Vital statistics of India. Vol. IV, Annual returns from 1871 to 1876. British Army of India, Native Army and jails of Bengal
Year: 1871
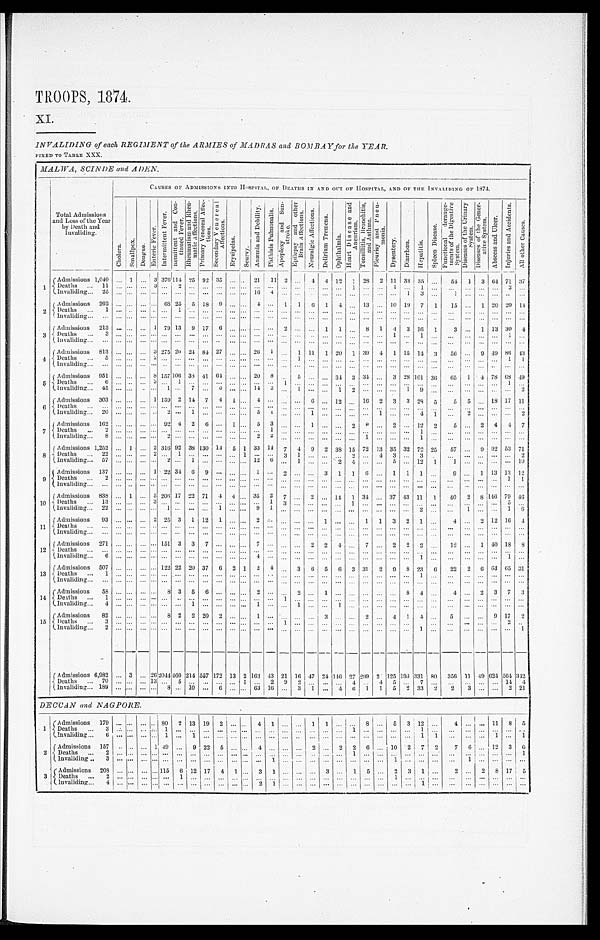
TROOPS, 1874.
XI.
INVALIDING of each REGIMENT of the ARMIES of MADRAS and BOMBAY for the YEAR.
FIXED TO TABLE XXX.
MALWA, SCINDE and ADEN.
Total Admissions
and Loss of the Year
by Death and
Invaliding.
CAUSES OF ADMISSIONS INTO HOSPITAL, OF DEATHS IN AND OUT OF HOSPITAL, AND OF THE INVALIDING OF 1874.
C h o l e r a .
S m a l l p o x .
D e n g u e .
E n t e r i c F e v e r .
I n t e r m i t t e n t F e v e r . R e m i t t e n t a n d C o n - t i n u e d F e v e r .
R h e u m a t i s m a n d R h e u - m a t i c A f f e c t i o n s .
P r i m a r y V e n e r e a l A f f e c - t i o n s .
S e c o n d a r y V e n e r e a l A f f e c t i o n s .
E r y s i p e l a s .
S c u r v y .
A n æ m i a a n d D e b i l i t y .
P h t h i s i s P u l m o n a l i s . A p o p l e x y a n d S u n - s t r o k e .
E p i l e p s y a n d o t h e r B r a i n A f f e c t i o n s .
N e u r a l g i c A f f e c t i o n s .
D e l i r i u m T r e m e n s .
O p t h a l m i a .
H e a r t D i s e a s e a n d A n e u r i s m .
T o n s i l l i t i s , B r o n c h i t i s , a n d A s t h m a .
P l e u r i s y a n d P n e u - m o n i a .
D y s e n t e r y .
D i a r r h œ a .
H e p a t i t i s .
S p l e e n D i s e a s e .
F u n c t i o n a l d e r a n g e - m e n t s o f t h e D i g e s t i v e S y s t e m .
D i s e a s e s o f t h e U r i n a r y S y s t e m .
D i s e a s e s o f t h e G e n e r - a t i v e S y s t e m .
A b s c e s s a n d U l c e r .
I n j u r i e s a n d A c c i d e n t s .
A l l o t h e r C a u s e s .
1
Admissions 1,040
. . . 1
. . .
3 376
1 1 4
25 92 35
. . .
. . .
21
11 2
. . . 4
4 12 1
28
2 11
33 35
. . .
54 1
3 64 71 3 7
D e a t h s . . .
1 1
. . .
. . .
. . . 3 . . .
2
. . .
. . .
. . .
. . .
. . .
. . .
. . . . . .
. . .
. . .
. . .
. . . 1
. . .
. . .
1
. . . 1
. . .
. . .
. . .. . .
. . . 3
. . .
Invaliding . . .
25
. . .
. . .
. . .
. . . . . .
. . .
. . .
. . .
. . .
. . .
. . . 16
4
. . .
. . .
. . .
. . .
. . .
. . .. . .
. . .
. . .
1
3
. . .
1
. . .
. . .
. . .
. . .
. . .
2
Admissions
262
. . .
. . .
. . . . . .68
25
5 18
9
. . .
. . . 4
. . .
1
1
6 1
4
. . . 13 . . . 10 19
7
1
15
. . .
1 20 20
1 4
Deaths . . .
1
. . .
. . .
. . . . . .. . .
1
. . .
. . .
. . .
. . .
. . .
. . .
. . . . . .
. . .
. . .
. . .
. . .
. . . . . . . . .
. . .
. . .
. . .
. . .
. . .
. . . . . .
. . .
. . .
. . .
Invaliding . . .
. . .
. . .
. . .
. . .
. . . . . .
. . .
. . .
. . .
. . .
. . .
. . .
. . .
. . . . . .
. . .
. . .
. . .
. . .
. . . . . . . . .
. . .
. . .
. . .
. . .
. . .
. . . . . .
. . .
. . .
. . .
3
Admissions
213
. . .
. . .
. . .
1 79 13
9 17
6
. . .
. . . . . .
. . . 2
. . .
. . . 1
1
. . .
8
1
4
3 16
1
3
. . .
1 13 30
4
Deaths . . .
3
. . .
. . .
. . . . . . . . .
. . .
. . .
. . .
. . .
. . .
. . .
. . .
. . . . . .
. . .
. . .
. . .
. . .
. . . . . .
. . .
1
. . .
1
. . .
. . .
. . . . . .
. . .
1
. . .
Invaliding . . .
. . .
. . . . . .
. . .
. . . . . .
. . .
. . .
. . . . . .
. . .
. . .
. . .
. . . . . .
. . .
. . .
. . .
. . .
. . . . . . . . .
. . .
. . .
. . .
. . .
. . .
. . . . . .
. . .
. . .
. . .
4
Admissions
813
. . .
. . .
. . . 3 275 20 24 84 27
. . .
. . . 26
1 . . .
1 11
1 20
1 39
4
1
1 5
1 4 3
56
. . .
9 49 86 43
Deaths . . .
5
. . . . . .
. . . 2 . . .
. . .
. . .
. . .
. . .
. . .
. . .
. . .
. . .. . .
1
. . .
. . .
. . .
. . . . . . . . .
. . .
. . .
. . .
. . .
. . .
. . . . . .
. . .
1
1
Invaliding . . .
. . .
. . .
. . .
. . .
. . . . . .
. . .
. . .
. . .
. . .
. . .
. . .
. . .
. . . . . .
. . .
. . .
. . .
. . .
. . . . . .
. . .
. . .
. . .
. . .
. . .
. . . . . .
. . .
. . .
. . .
5
Admissions
951
. . .
. . .
. . . 8 157 106 38
4 1
64
. . .
. . . 20
8
. . .
5
. . .
. . .
34 3 34 . . .
3 28 101 36
65
1
4 78
6 8 49
Deaths . . .
6
. . .
. . .
. . . 3 . . .
1
. . .
. . .
. . .
. . .
. . .
. . .
. . . 1
. . .
. . .
. . .
. . .
. . . . . . . . .
. . .
. . .
. . .
. . .
. . .
. . .. . .
. . .
1
. . .
Invaliding . . .
45
. . .
. . .
. . . . . . 1
. . . 7
. . .
5
. . .
. . . 14
2 . . .
1
. . .
. . .
1
2
. . .
. . .
. . .
1
9
. . .
. . .
. . . . . .
. . .
. . .
2
6
Admissions
303
. . .
. . .
. . . 1 139 2 14
7
4
1
. . . 4
. . . . . .
. . . 6
. . .
12
. . .
16
2
3
3 28
5
5
5 . . .
18 17 11
Deaths
. . .
. . .
. . .
. . .
. . .
. . . . . .
. . .
. . .
. . .
. . .
. . .
. . .
. . .
. . .
. . .
. . .
. . .
. . .
. . .
. . . . . . . . .
. . .
. . .
. . .
. . .
. . .
. . .
. . .
. . .
. . .
. . .
Invaliding . . .
20
. . .
. . .
. . .
. . .2
. . .
1
. . .
. . .
. . .
. . .
5
1 . . .
. . .
1
. . .
. . .
. . . . . . 1
. . .
. . .
4
1
. . .
2 . . .
. . .
. . .
2
7
Admissions
162
. . .
. . .
. . . . . . 92 4
2
6
. . . 1
. . . 5
3 . . .
. . .
1
. . .
. . . 2
8 . . .
2
. . . 12
2
5
. . . 2
4
4
7
D e a t h s . . .
2
. . .
. . .
. . . . . .. . .
. . .
. . .
. . .
. . .
. . .
. . .
. . .
1 . . .
. . .
. . .
. . .
. . .
. . . . . .. . .
. . .
. . .
1
. . .
. . .
. . . . . .
. . .
. . .
I n v a l i d i n g . . .
8
. . .
. . .
. . .
. . .
2
. . .
. . .
. . .
. . .
. . .
. . . 2
2 . . .
. . .
. . .
. . .
. . .
. . .
1 . . .
. . .
. . . 1
. . .
. . .
. . . . . .
. . .
. . .
. . .
8
Admissions 1,252
. . .
1
. . . 2 316 92 38 130 14
5 1 33 14
7
4
9
2 38 15 72 13 35 32 72 25
57
. . . 9 92 53 7 1
D e a t h s . . .
2 2
. . .
. . .
. . . 2 . . .
1
. . .
. . .
. . .
. . .
1
. . .
. . . 3
1
. . .
. . .
. . . 2 . . . 4
3
. . .
3
. . .
. . .
. . . . . .
. . .
. . .
2
Invaliding . . .
57
. . .
. . .
. . . . . .2
. . .
1
. . .
. . .
. . .
. . .
1 2
6 . . .
1
. . .
. . .
2 4 . . . . . .
5
. . . 12
1
1
. . . . . .
. . .
. . .
1 0
9
Admissions
137
. . .
. . .
. . . 1 22 34 6
9
. . .
. . .
. . . 1
. . .
2
. . .
. . . 3
1
1
6
. . .
1
1
1
. . .
9
. . .
1 13 13 1 2
D e a t h s . . .
2
. . .
. . .
. . . . . .. . .
. . .
. . .
. . .
. . .
. . .
. . .
. . .
. . . . . .
. . .
. . .
. . .
. . . . . .
. . .
. . .
. . .
. . .
. . .
. . .
. . .
. . . . . .
. . . 1
1
Invaliding . . .
. . .
. . .
. . .
. . . . . . . . .
. . .
. . .
. . .
. . .
. . .
. . .
. . .
. . . . . .
. . .
. . .
. . .
. . .
. . . . . . . . .
. . .
. . .
. . .
. . .
. . .
. . . . . .
. . .
. . .
. . .
10
Admissions
838
. . .
1
. . . 5 206 17 22 71
4
4
. . . 35
2
7
. . .
2
. . . 14 1
34
. . .
37 43 11
1
40
2
8
146 79 4 6
Deaths . . .
13
. . .
. . .
. . . 3 . . .
. . .
. . .
. . .
. . .
. . .
. . . . . .
1 3
. . .
. . .
. . .
. . .
1 . . . . . .
. . .
. . .
. . .
. . .
. . .
. . .. . .
. . .
5
. . .
Invaliding . . .
22
. . .
. . .
. . . . . .1
. . .
. . .
. . .
1
. . .
. . .
9
1 . . .
. . .
. . .
. . .
. . .
. . . . . . . . .
. . .
. . .
2
. . .
. . .
1 . . .
. . .
1
6
1 1
Admissions
93
. . .
. . .
. . . 2 25 3
1 12
1
. . .
. . . 2
. . . . . .
. . .
. . .
1
. . .
. . .
1
1
3
2
1
. . .
4
. . . 2 12 16
4
Deaths . . .
. . .
. . .
. . .
. . .
. . . . . .
. . .
. . .
. . .
. . .
. . .
. . .
. . .
. . . . . .
. . .
. . .
. . .
. . .
. . . . . . . . .
. . .
. . .
. . .
. . .
. . .
. . . . . .
. . .
. . .
. . .
Invaliding . . .
. . .
. . . . . .
. . .
. . . . . .
. . .
. . .
. . .
. . .
. . .
. . . . . .
. . . . . .
. . .
. . .
. . .
. . .
. . . . . . . . .
. . .
. . .
. . .
. . .
. . .
. . . . . .
. . .
. . .
. . .
12
Admissions
271
. . .
. . .
. . .
. . . 151 3
3
7
. . .
. . .
. . . 7
. . . . . .
. . . 2
2
4
. . .
7 . . .
2
2
2
. . .
12
. . . 1 40 18 8
Deaths . . .
. . .
. . .
. . .
. . . . . . . . .
. . .
. . .
. . .
. . .
. . .
. . .
. . .
. . . . . .
. . .
. . .
. . .
. . .
. . . . . . . . .
. . .
. . .
. . .
. . .
. . .
. . . . . .
. . .
. . .
. . .
I n v a l i d i n g . . .
6
. . .
. . .
. . . . . .. . .
. . .
. . .
. . .
. . .
. . .
. . .
4
. . .. . .
. . .
. . .
. . .
. . . . . . . . . . . .
. . .
. . .
1
. . .
. . .
. . .. . .
. . .
1
. . .
13
Admissions
507
. . .
. . .
. . .
. . . 122 22 20 37
6
2
1 2
4 . . .
3
6
5
6
3 31
2
9
8 23
6
22
2
6 63 65 31
Deat hs . . .
1
. . .
. . .
. . . . . .. . .
. . .
. . .
. . .
. . .
. . .
. . .
. . .
. . .. . .
. . .
. . .
. . .
. . .
. . . . . .
. . .
. . .
. . .
1
. . .
. . .
. . . . . .
. . .
. . .
. . .
Invaliding . . .
. . .
. . .
. . .
. . . . . . . . .
. . .
. . .
. . .
. . .
. . .
. . . . . .
. . .
. . .
. . .
. . .
. . .
. . .
. . .
. . .
. . .
. . .
. . .
. . .
. . .
. . .
. . . . . .
. . .
. . .
. . .
1 4
Admissions . . .
58
. . .
. . .
. . . . . .8
3
5
6
. . .
. . .
. . .
2
. . . . . .
2
. . . 1
. . .
. . . . . .
. . .
. . .
8 4
. . .
4
. . . 2
3
7
3
D e a t h s . . .
1
. . .
. . .
. . . . . .. . .
. . .
. . .
. . .
. . .
. . .
. . .
. . .
. . . 1
. . .
. . . . . .
. . .
. . . . . .
. . .
. . .
. . .
. . .
. . .
. . .
. . . . . .
. . .
. . .
. . .
Invaliding . . .
4
. . .
. . .
. . . . . .. . .
. . .
1
. . .
. . .
. . .
. . .
1
. . . . . .
1
. . .
. . . 1
. . . . . . . . .
. . .
. . .
. . .
. . .
. . .
. . .
. . .
. . .
. . .
. . .
15
Admissions
82
. . .
. . .
. . .
. . . 8 2
2 20
2
. . .
. . .
1
. . . . . .
. . .
. . .
3
. . .
. . . 2
. . .
4
1
4
. . .
5
. . . . . .
9 17
2
D e a t h s . . .
3
. . .
. . .
. . . . . .. . .
. . .
. . .
. . .
. . .
. . .
. . .
. . .
. . . 1
. . .
. . .
. . . . . .
. . . . . . . . .
. . .
. . .
. . .
. . .
. . .
. . .. . .
. . .
2
. . .
Invaliding . . .
2
. . .
. . .
. . .
. . . . . .
. . .
. . .
. . .
. . .
. . .
. . .
. . .
. . . . . .
. . .
. . .
. . .
. . .
. . .
. . .
. . .
. . .
. . .
1
. . .
. . .
. . . . . .
. . .
. . .
1
Admissions 6,982
. . . 3
. . . 26 2044460 214 557 172 13 2 163 43
21
16 47 24 146 27
299 2
125 198 331 80
356 11 49 624 564 342
D e a t h s . . .
7 0
. . .
. . .
. . . 1 3
. . .
5
. . .
. . .
. . .
. . .
1
. . .
2 9
2
. . .
. . .
. . .
4 . . . 4
5
. . .
7
. . .
. . .
. . .. . .
. . .
1 4
4
Invaliding . . . 189
. . .
. . .
. . .
. . . 8
. . . 10
. . .
6
. . .
. . .
6 3
1 6 . . .
3
1
. . . 4
6
1
1
5
2 33
2
2
3 . . .
. . . 2 21
DECCAN and NAGPORE.
1
Admissions
179
. . .
. . .
. . .
. . .
80
2 13 19
2
. . .
. . .
4
1
. . .
. . . 1
1
. . .
. . . 8 . . .
5
3 12
. . .
4
. . .. . .
1 1
8
5
Deaths
. . .
3
. . .
. . .
. . . . . .1
. . .
. . .
. . .
. . .
. . .
. . .
. . .
. . .
. . .
. . .
. . .
. . .
. . .
1 . . .. . .
. . .
. . .
1
. . .
. . .
. . .
. . .
. . .
. . .
. . .
I n v a l i d i n g . . .
6
. . .
. . .
. . . . . .1
. . .
1
. . .
. . .
. . .
. . .
. . .
. . . . . .
. . .
. . .
. . .
. . . . . .. . .
. . .
. . . 1
1
. . .
. . . . . .
1
. . .
1
2
Admissions
157
. . .
. . .
. . . 1 49
. . . 9 22
5
. . .
. . .
4
. . . . . .
. . .
2
. . .
2
2
6 . . . 10
2
7
2
7
6 . . . 12
3
6
Deaths . . .
2
. . .
. . .
. . . . . .. . .
. . .
. . .
. . .
. . .
. . .
. . .
. . .
. . .
. . .
. . .
. . .
. . .
. . .
1 . . .. . .
. . .
. . .
. . .
. . .
. . .
. . .. . .
. . .
. . .
1
Invaliding . . .
3
. . .
. . .
. . . . . .. . .
. . .
. . .
. . .
. . .
. . .
. . .
. . .
1
. . .
. . .
. . .
. . .
. . .
. . . . . .. . .
1
. . .
. . .
. . .
. . .
1 . . .
. . .
. . .
. . .
3
Admissions
208
. . .
. . .
. . . . . . 115
6 12 17
4
1
. . . 3
1
. . .
. . .
. . .
3
. . .
1
5
. . . 2
3
1
. . .
2
. . . 2
8 17
5
D e a t h s . . .
2
. . .
. . .
. . . . . .. . .
1
. . .
. . .
. . .
. . .
. . .
. . .
. . .. . .
. . .
. . .
. . .
. . .
. . .. . . . . .
1
. . .
. . .
. . .
. . .
. . .
. . .
. . .
. . .
. . .
Invaliding . . .
4
. . .
. . .
. . . . . .. . .
. . .
. . .
. . .
. . .
. . .
. . .
2
1 . . .
. . .
. . .
. . .
. . .
. . .. . . . . .
. . .
. . .
1
. . .
. . .
. . .. . .
. . .
. . .
. . .